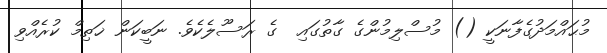
މުޙައްމަދުގެފާނަކީ () މުސްލިމުންގެ ގާތުގައި  ގެ ރަސޫލެކެވެ. ނަބީކަން ޚަތިމް ކުރެއްވި